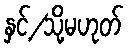
နှင့်/သို့မဟုတ်